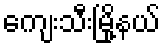
ကျေးသီးမြို့နယ်